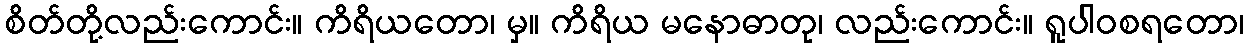
စိတ်တို့လည်းကောင်း။ ကိရိယတော၊ မှ။ ကိရိယ မနောဓာတု၊ လည်းကောင်း။ ရူပါဝစရတော၊